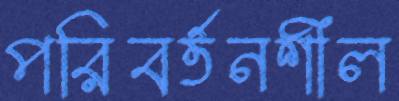
পরিবর্তনশীল